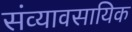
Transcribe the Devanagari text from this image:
संव्यावसायिक